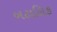
બટાલિક